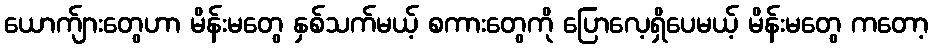
ယောက်ျားတွေဟာ မိန်းမတွေ နှစ်သက်မယ့် စကားတွေကို ပြောလေ့ရှိပေမယ့် မိန်းမတွေ ကတော့